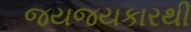
જયજયકારથી